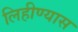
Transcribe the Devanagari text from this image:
लिहीण्यास